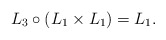
\begin{align*} L_3\circ(L_1 \times L_1)= L_1.\end{align*}